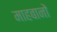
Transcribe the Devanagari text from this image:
माहबानों